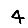
Digit: 4